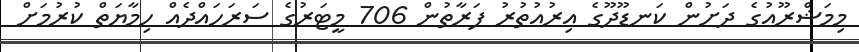
މިމަޝްރޫއުގެ ދަށުން ކަނޑޫދޫގެ އިރުއުތުރު ފަރާތުން 706 މީޓަރުގެ ސަރަހައްދެއް ހިމާޔަތް ކުރުމަށް